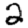
Digit: 2